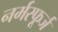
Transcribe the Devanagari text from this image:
नर्मस्फूर्ज